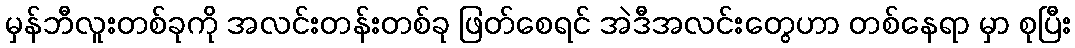
မှန်ဘီလူးတစ်ခုကို အလင်းတန်းတစ်ခု ဖြတ်စေရင် အဲဒီအလင်းတွေဟာ တစ်နေရာ မှာ စုပြီး